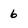
Character: 6